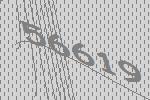
56619